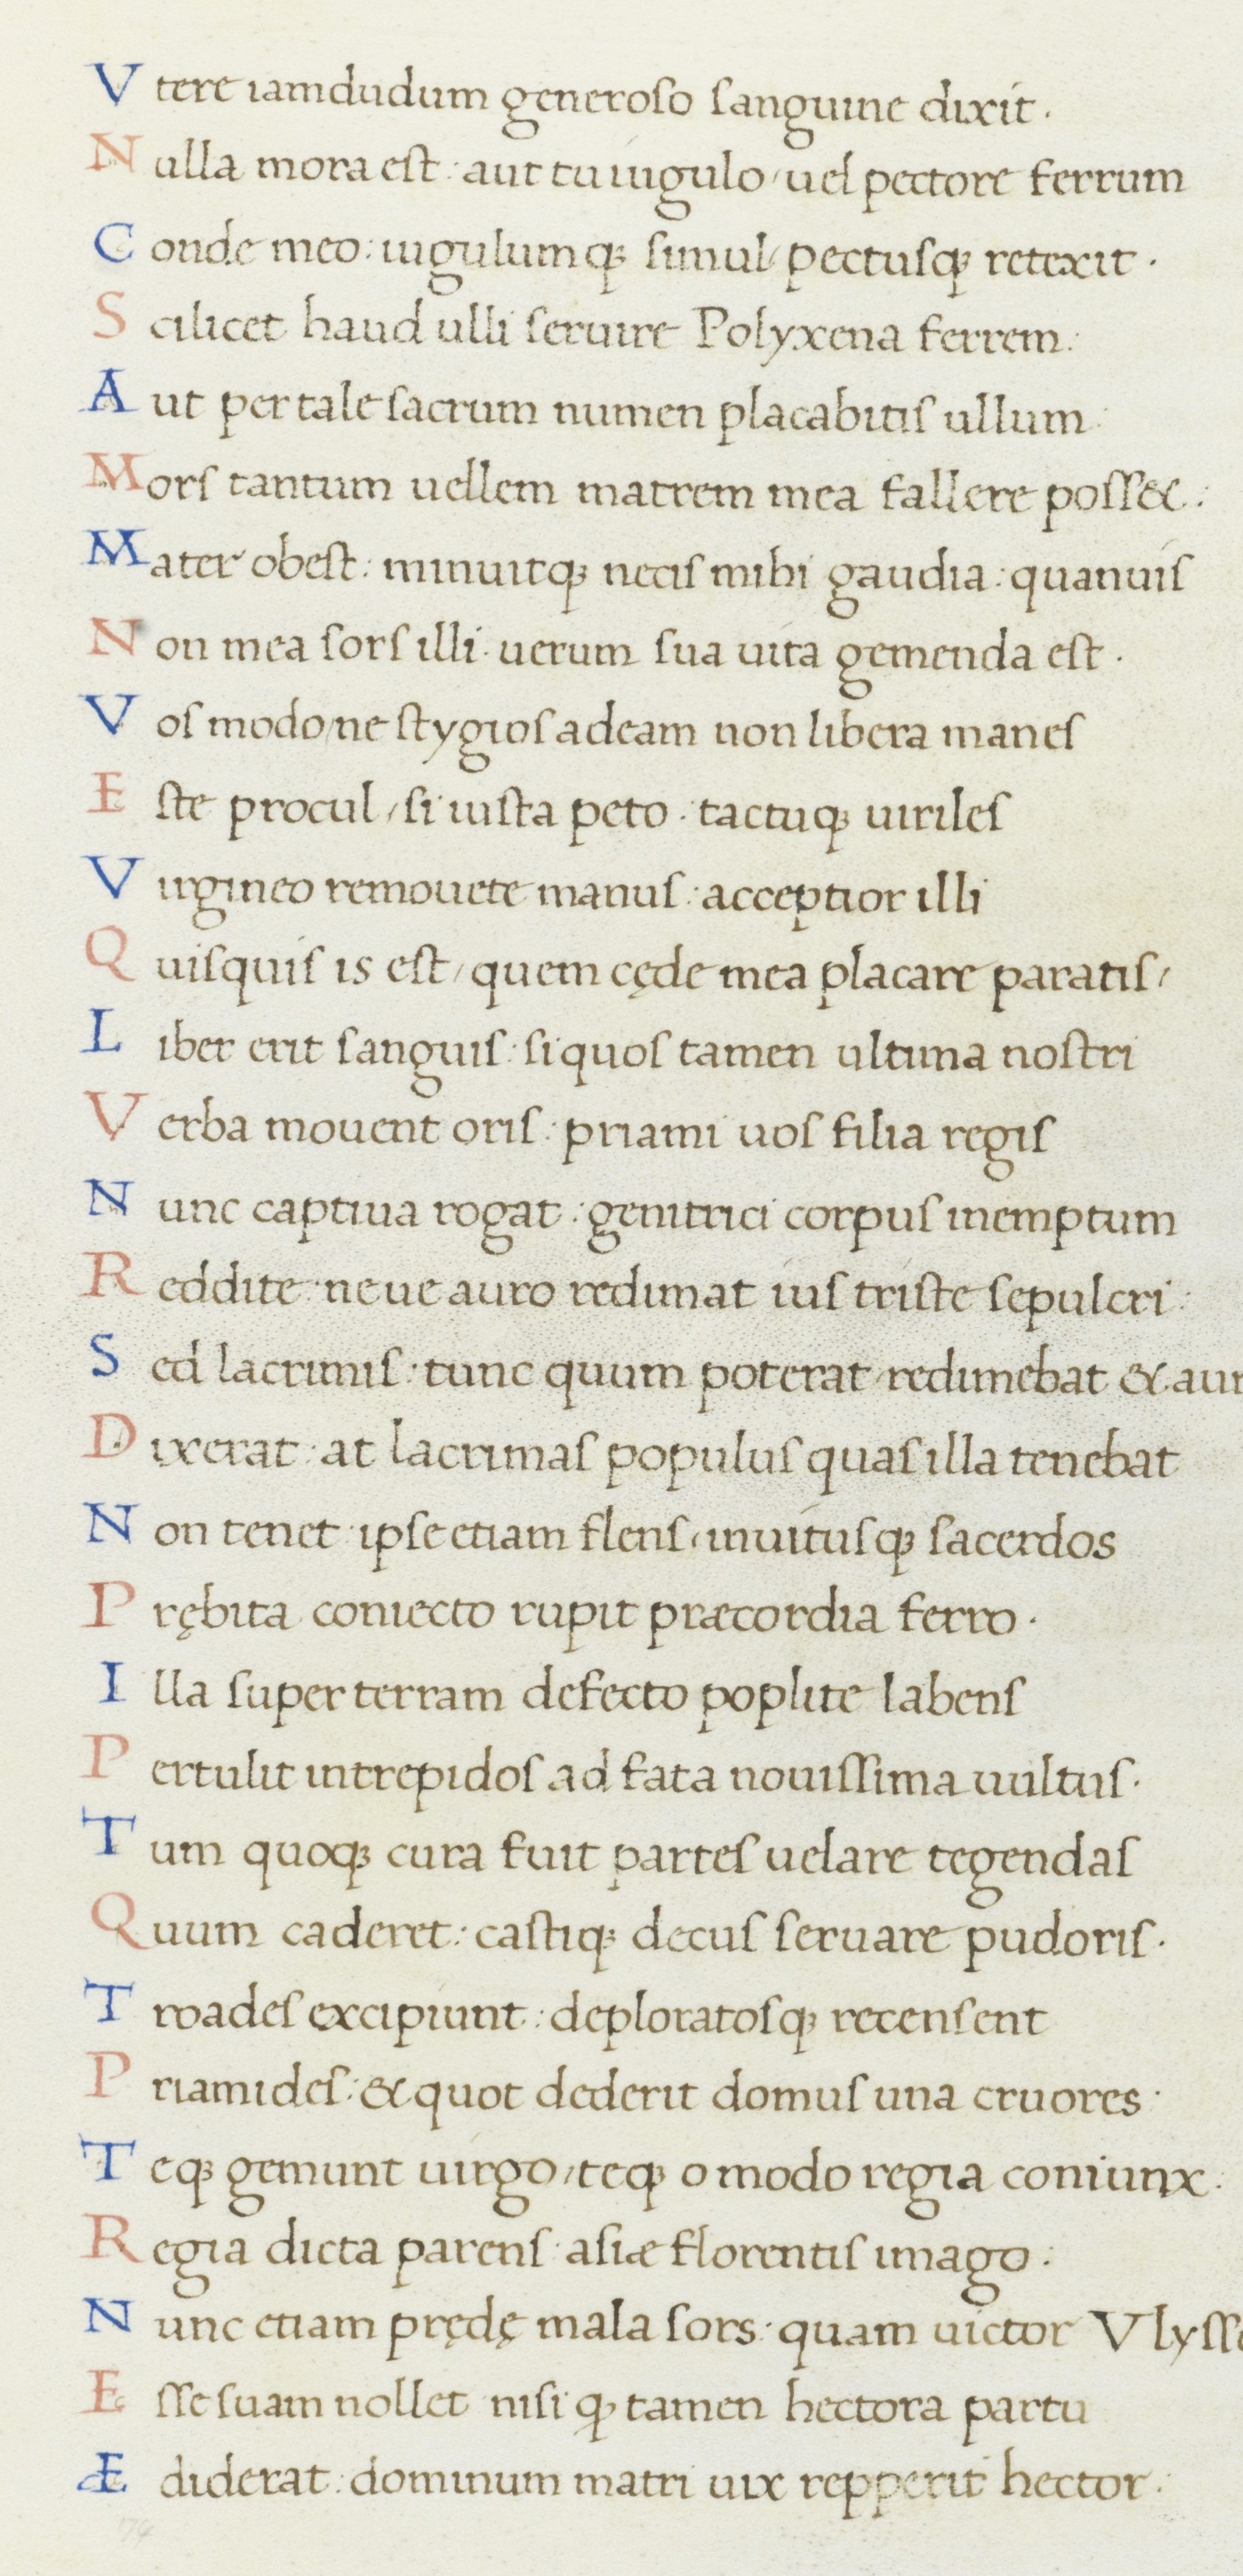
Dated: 1465–1495